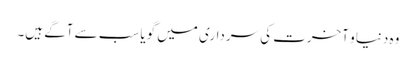
وہ دنیا و آخرت کی سرداری میں گویا سب سے آگے ہیں۔